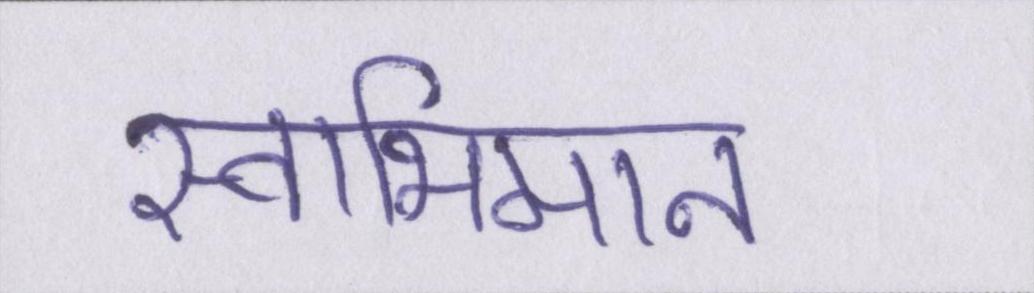
स्वाभिमान